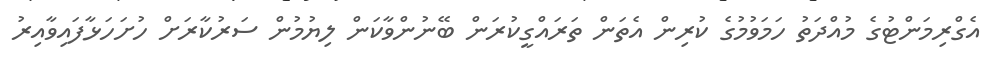
އެގްރިމަންޓުގެ މުއްދަތު ހަމަވުމުގެ ކުރިން އެތަން ތަރައްގީކުރަން ބޭނުންވާކަން ލިޔުމުން ސަރުކާރަށް ހުށަހަޅާފައިވާއިރު